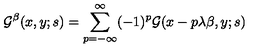
{ \cal G } ^ { \beta } ( x , y ; s ) = \sum _ { p = - \infty } ^ { \infty } ( - 1 ) ^ { p } { \cal G } ( x - p \lambda \beta , y ; s )